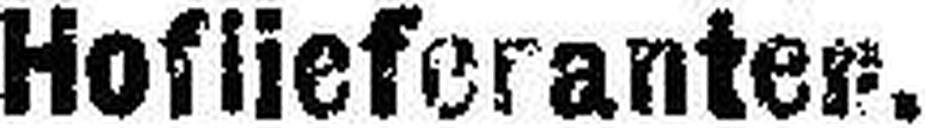
Hoflieferanten.